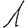
Digit: 1